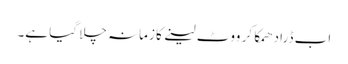
اب ڈرا دھمکا کر ووٹ لینے کا زمانہ چلا گیا ہے۔